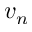
v _ { n }